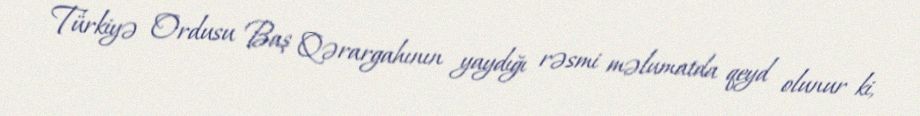
Türkiyə Ordusu Baş Qərargahının yaydığı rəsmi məlumatda qeyd olunur ki,